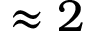
\approx 2